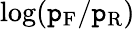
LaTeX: \log(\mathtt{p}_{\mathrm{{F}}}/\mathtt{p}_{\mathrm{{R}}})